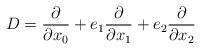
LaTeX: \begin{align*}D = \frac{\partial}{\partial x_0}+ e_1 \frac{\partial}{\partial x_1}+ e_2 \frac{\partial}{\partial x_2}\end{align*}